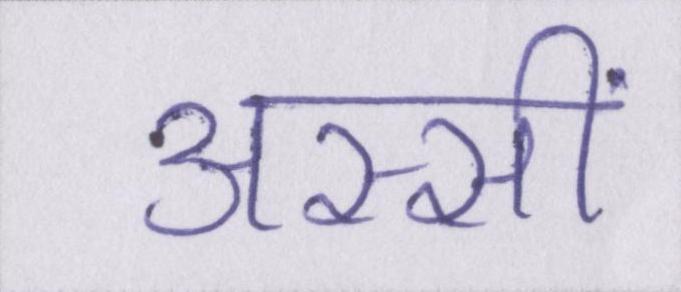
अस्सीं